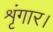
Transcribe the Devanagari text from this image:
शृंगार।